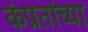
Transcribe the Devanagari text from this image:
कंप्रतांच्या